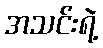
အသင်းရဲ့